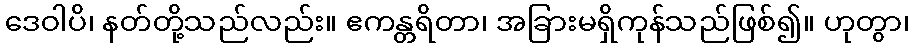
ဒေဝါပိ၊ နတ်တို့သည်လည်း။ ဧကန္တရိတာ၊ အခြားမရှိကုန်သည်ဖြစ်၍။ ဟုတွာ၊